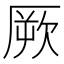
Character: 厥